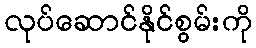
လုပ်ဆောင်နိုင်စွမ်းကို